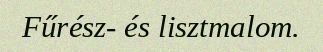
Fűrész- és lisztmalom.